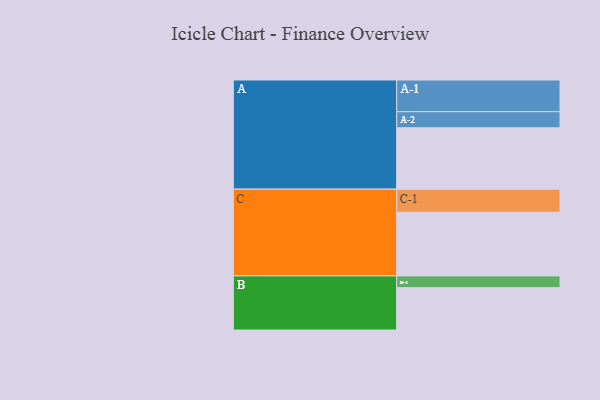
{"axis": {"x": "Segment", "y": "Value"}, "legend": ["", "A", "B", "C"], "data": [{"x": "A", "y": 521, "type": ""}, {"x": "B", "y": 359, "type": ""}, {"x": "C", "y": 540, "type": ""}, {"x": "A-1", "y": 269, "type": "A"}, {"x": "A-2", "y": 136, "type": "A"}, {"x": "B-1", "y": 100, "type": "B"}, {"x": "C-1", "y": 196, "type": "C"}]}